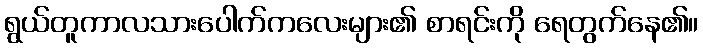
ရွယ်တူကာလသားပေါက်ကလေးများ၏ စာရင်းကို ရေတွက်နေ၏။